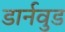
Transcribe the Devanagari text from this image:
डार्नवुड